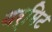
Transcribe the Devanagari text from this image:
थर्मिट